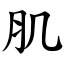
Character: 肌